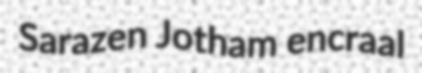
Sarazen Jotham encraal